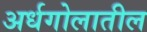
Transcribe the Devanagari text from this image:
अर्धगोलातील